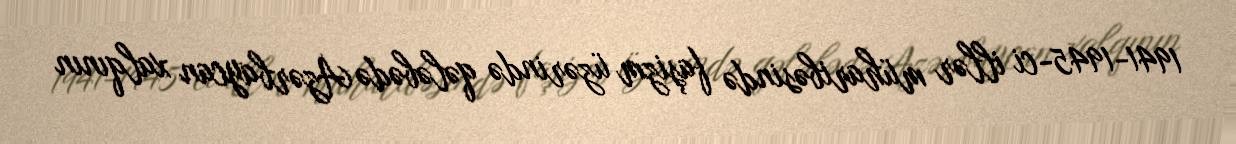
1941-1945-ci illər müharibəsində faşizm üzərində qələbədə Azərbaycan xalqının